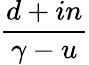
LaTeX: \frac{d+in}{\gamma-u}